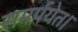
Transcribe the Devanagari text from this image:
समर्पयेत।